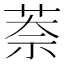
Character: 萘